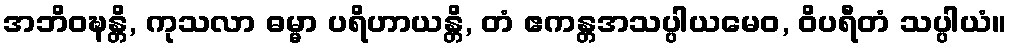
အဘိဝဍ္ဎန္တိ, ကုသလာ ဓမ္မာ ပရိဟာယန္တိ, တံ ဧကန္တအသပ္ပါယမေဝ, ဝိပရီတံ သပ္ပါယံ။